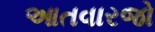
આતવારજો